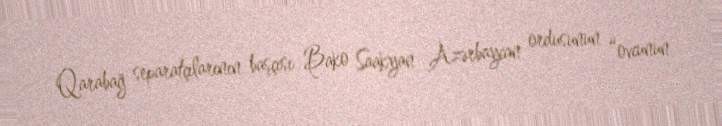
Qarabağ separatçılarının başçısı Bako Saakyan Azərbaycan ordusunun “ovcunun